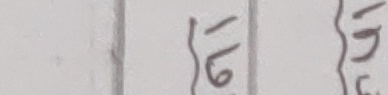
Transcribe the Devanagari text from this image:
१६ १७